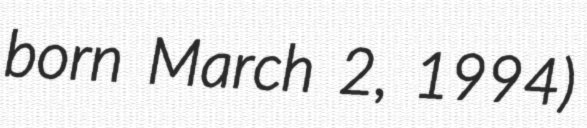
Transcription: born March 2, 1994)